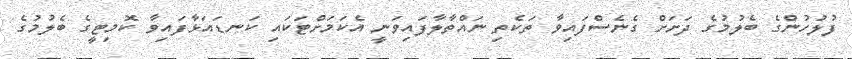
ފުލުހުންގެ ބެލުމުގެ ދަށަށް ގެނެސްފައިވާ ތަކެތި ނައްތާލާފައިވަނީ އެކަމަށްޓަކައި ކަނޑައަޅާފައިވާ ކޮމިޓީގެ ބެލުމުގެ